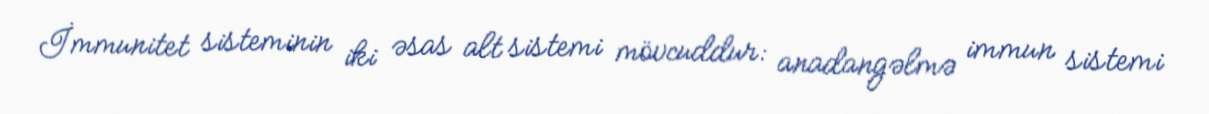
İmmunitet sisteminin iki əsas alt sistemi mövcuddur: anadangəlmə immun sistemi